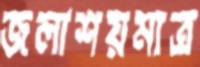
জলাশয়মাত্র